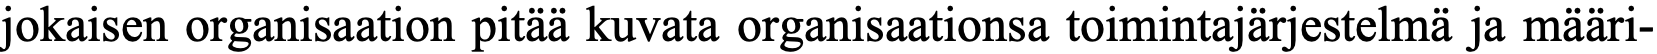
jokaisen organisaation pitää kuvata organisaationsa toimintajärjestelmä ja määri-